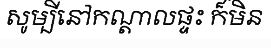
សូម្បីនៅកណ្តាលផ្ទះ ក៏មិន